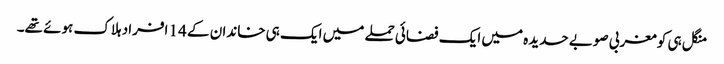
منگل ہی کو مغربی صوبے حدیدہ میں ایک فضائی حملے میں ایک ہی خاندان کے 14 افراد ہلاک ہوئے تھے۔